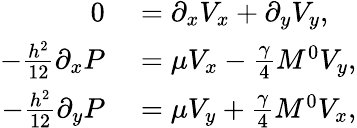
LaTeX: \begin{array}{rl}{0}&{{}=\partial_{x}V_{x}+\partial_{y}V_{y},}\\ {-\frac{h^{2}}{12}\partial_{x}P}&{{}=\mu V_{x}-\frac{\gamma}{4}M^{0}V_{y},}\\ {-\frac{h^{2}}{12}\partial_{y}P}&{{}=\mu V_{y}+\frac{\gamma}{4}M^{0}V_{x},}\end{array}